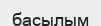
басылым